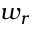
w _ { r }